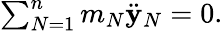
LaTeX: \begin{array}{r}{\sum_{N=1}^{n}m_{N}\ddot{\mathbf y}_{N}=0.}\end{array}